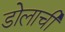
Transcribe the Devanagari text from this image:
डोलाची